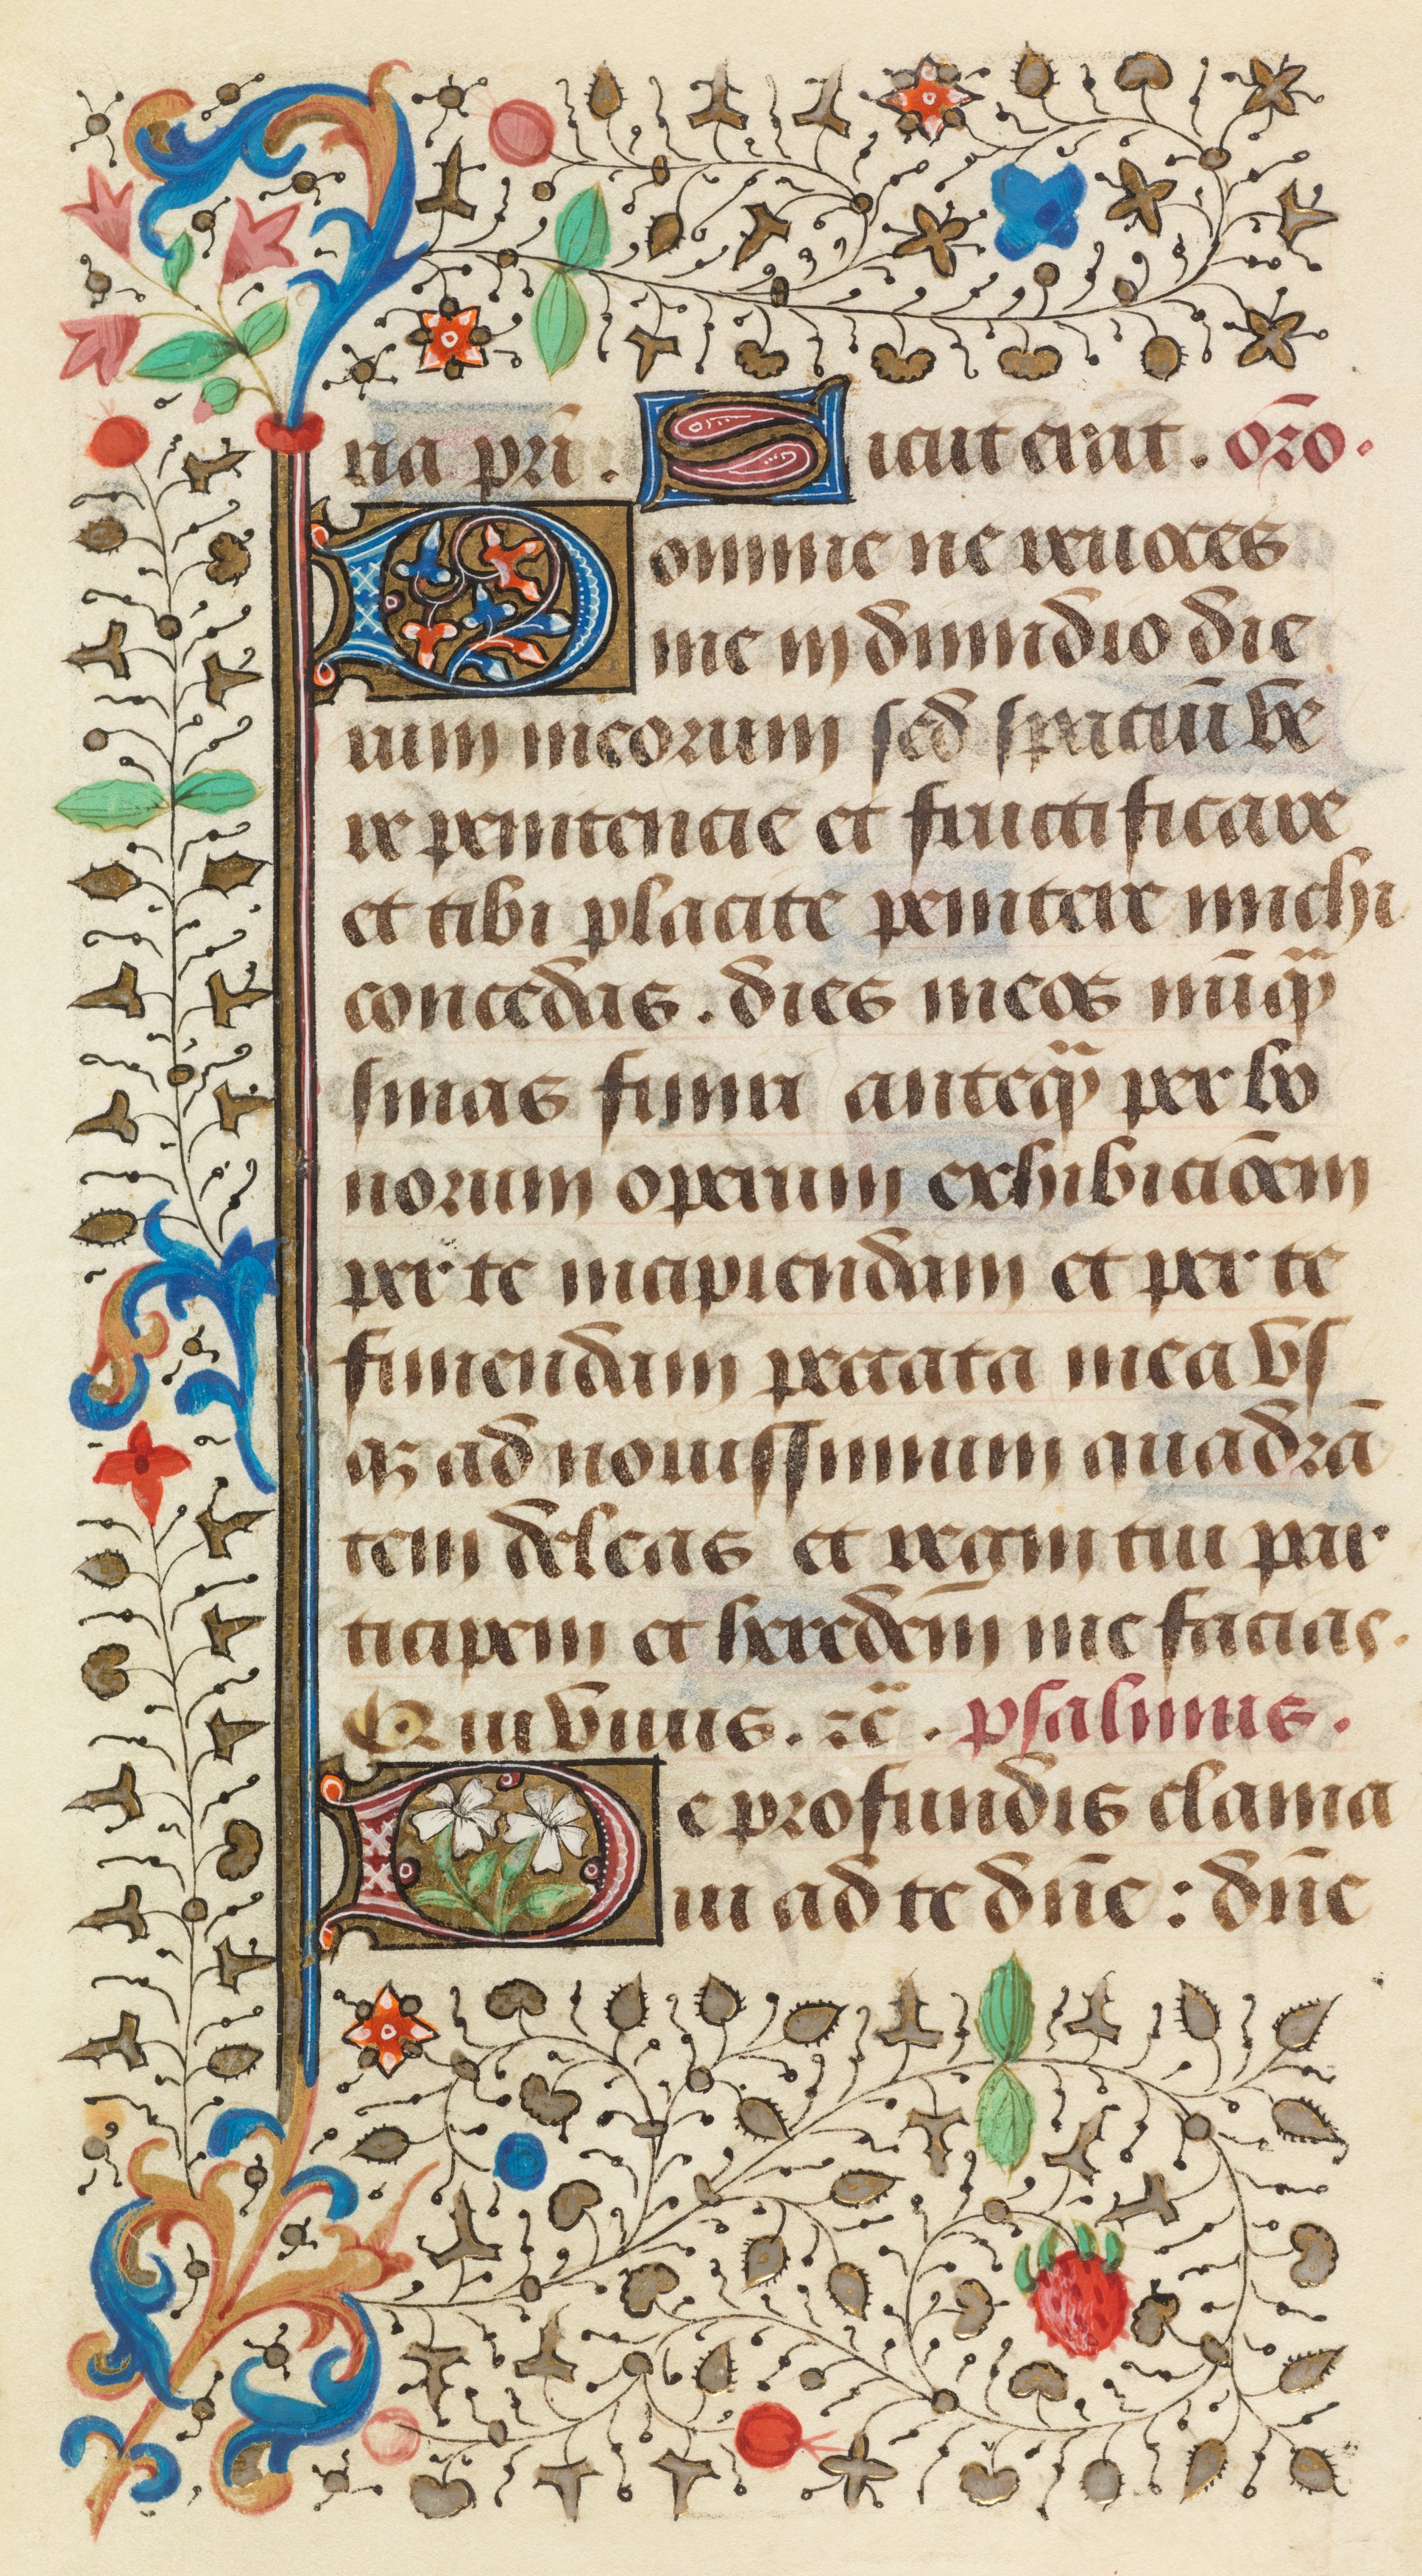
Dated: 1458–1460